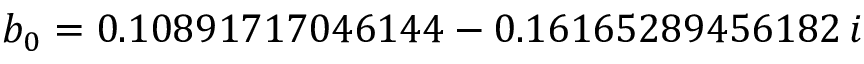
b _ { 0 } = 0 . 1 0 8 9 1 7 1 7 0 4 6 1 4 4 - 0 . 1 6 1 6 5 2 8 9 4 5 6 1 8 2 \, i